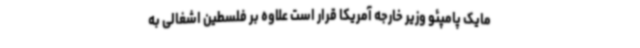
مایک پامپئو وزیر خارجه آمریکا قرار است علاوه بر فلسطین اشغالی به